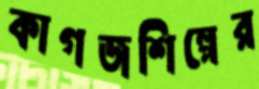
কাগজশিল্পের